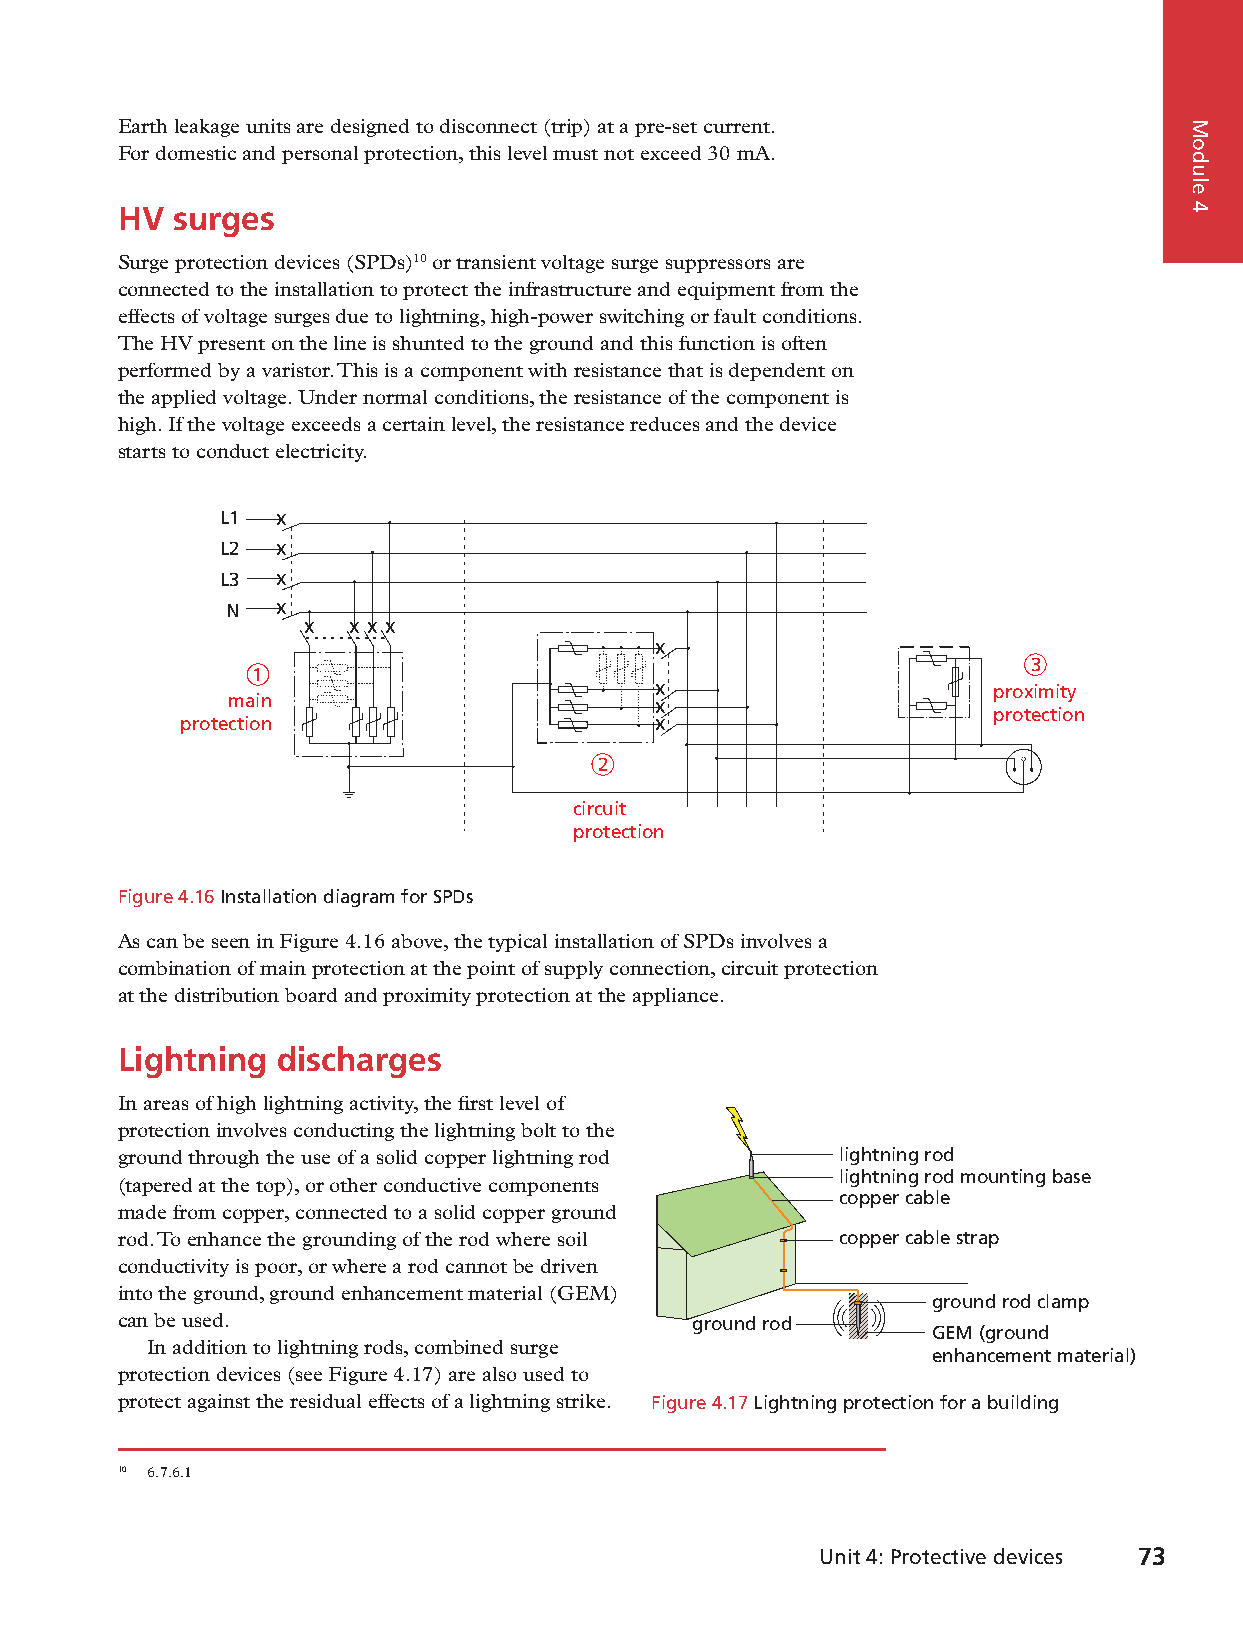
Earth leakage units are designed to disconnect (trip) at a pre-set current.
 For domestic and personal protection, this level must not exceed 30 mA.
 HV  surges
 Surge protection devices (SPDs)10 or transient voltage surge suppressors are
 connected to the installation to protect the infrastructure and equipment from the
 effects of voltage surges due to lightning, high-power switching or fault conditions.
 The HV present on the line is shunted to the ground and this function is often
 performed by a varistor. This is a component with resistance that is dependent on
 the applied voltage. Under normal conditions, the resistance of the component is
 high. If the voltage exceeds a certain level, the resistance reduces and the device
 starts to conduct electricity.
 L1  x
 L2  x
 L3  x
 N   x
 x  x x x
 x
 3
 1
 x                     proximity
 main                         x
 protection
 protection                      x
 2
 circuit
 protection
 Figure 4.16 Installation diagram for SPDs
 As can be seen in Figure 4.16 above, the typical installation of SPDs involves a
 combination of main protection at the point of supply connection, circuit protection
 at the distribution board and proximity protection at the appliance.
 Lightning  discharges
 In areas of high lightning activity, the first level of
 protection involves conducting the lightning bolt to the
 ground through the use of a solid copper lightning rod lightning rod
 lightning rod mounting base
 (tapered at the top), or other conductive components
 copper cable
 made from copper, connected to a solid copper ground
 rod. To enhance the grounding of the rod where soil copper cable strap
 conductivity is poor, or where a rod cannot be driven
 into the ground, ground enhancement material (GEM)
 ground rod clamp
 can be used.                          ground rod
 GEM (ground
 In addition to lightning rods, combined surge
 enhancement material)
 protection devices (see Figure 4.17) are also used to
 protect against the residual effects of a lightning strike. Figure 4.17 Lightning protection for a building
 10 6.7.6.1
 Unit 4: Protective devices 73
 9781485717386_ntd_eth_n2_stb_eng_za.indb 73                              2020/05/24 09:55
 Module
 4